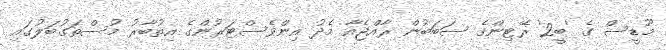
މޫޑީސް ގެ 'ބީ2' ރޭޓިންގެ ސަބަބުން ރާއްޖެއާ މެދު އިންވެސްޓަރުންގެ އިތުބާރު މުސްތަގުބަލުގައި